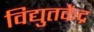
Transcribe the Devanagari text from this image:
विद्युतकेंद्र